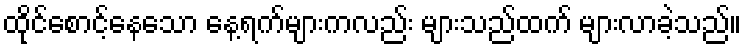
ထိုင်စောင့်နေသော နေ့ရက်များကလည်း များသည်ထက် များလာခဲ့သည်။